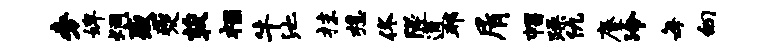
旁婢炯感夔荻禄牛池抹想佟隧通邦屑帽躁仇麈冷每向